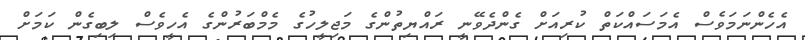
އެހެންނަމަވެސް އެމަސައްކަތް ކުރިއަށް ގެންދެވޭނީ ރައްޔިތުންގެ މަޖިލީހުގެ މެމްބަރުންގެ އެހީވެސް ލިބިގެން ކަމަށް